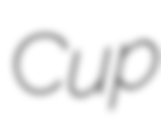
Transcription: Cup